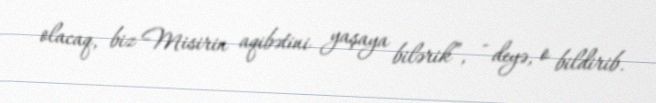
olacaq, biz Misirin aqibətini yaşaya bilərik”, - deyə, o bildirib.